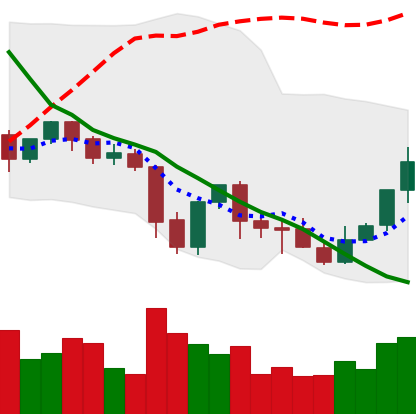
Ticker: XLM-USD
Chart end date: 2021-10-02
Forward return: 8.56%
Label: up_7plus